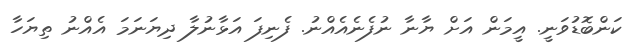
ކަންބޮޑުވަނީ. އީމަން އަށް ޔާނާ ނުފެނެއެއްނު. ފެނިފަ އަޅާނުލާ ދިޔަނަމަ އެއްނު ތިޔަހާ